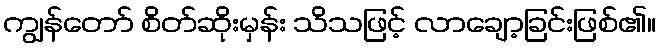
ကျွန်တော် စိတ်ဆိုးမှန်း သိသဖြင့် လာချော့ခြင်းဖြစ်၏။